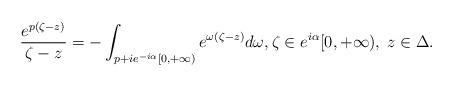
LaTeX: \begin{align*} \frac{e^{p(\zeta-z)}}{\zeta-z}=-\int_{p+ie^{-i\alpha}[0,+\infty)}e^{\omega(\zeta-z)}d\omega ,\zeta\in e^{i\alpha}[0,+\infty),\;z\in \Delta.\end{align*}